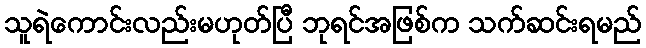
သူရဲကောင်းလည်းမဟုတ်ပြီ ဘုရင်အဖြစ်က သက်ဆင်းရမည်